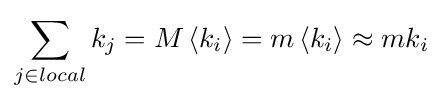
\sum _{j\in local}k_{j}=M\left\langle k_{i}\right\rangle =m\left\langle k_{i}\right\rangle \approx mk_{i}